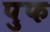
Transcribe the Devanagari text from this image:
पुफ